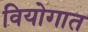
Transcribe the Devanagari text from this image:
वियोगात